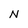
Character: N